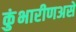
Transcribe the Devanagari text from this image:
कुंभारीणअसे